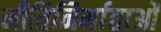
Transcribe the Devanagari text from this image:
नीतिनिर्माताओं